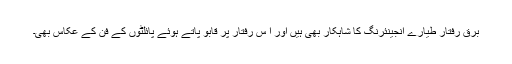
برق رفتار طیارے انجینئرنگ کا شاہکار بھی ہیں اور ا س رفتار پر قابو پاتے ہوئے پائلٹوں کے فن کے عکاس بھی۔